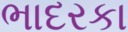
ભાદરકા